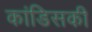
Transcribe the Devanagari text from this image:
कांडिसकी